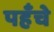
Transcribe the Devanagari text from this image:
पहँचे